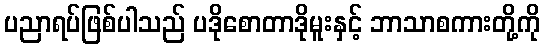
ပညာရပ်ဖြစ်ပါသည် ပဒိုစောတာဒိုမူးနှင့် ဘာသာစကားတို့ကို